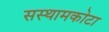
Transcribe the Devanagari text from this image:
सस्थामकोटा